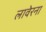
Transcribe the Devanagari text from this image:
लावेरना